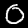
Digit: 0